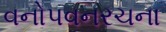
વનોપવનરચના